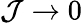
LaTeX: \mathcal{J}\rightarrow0